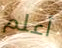
أعلم